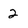
Character: 2